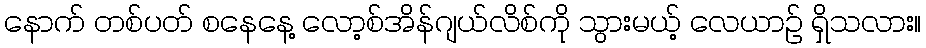
နောက် တစ်ပတ် စနေနေ့ လော့စ်အိန်ဂျယ်လိစ်ကို သွားမယ့် လေယာဉ် ရှိသလား။